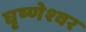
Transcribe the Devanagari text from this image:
घृष्‍णेश्‍वर